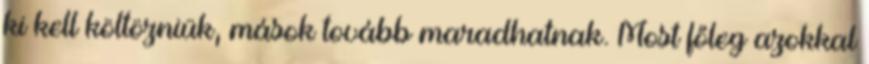
ki kell költözniük, mások tovább maradhatnak. Most főleg azokkal